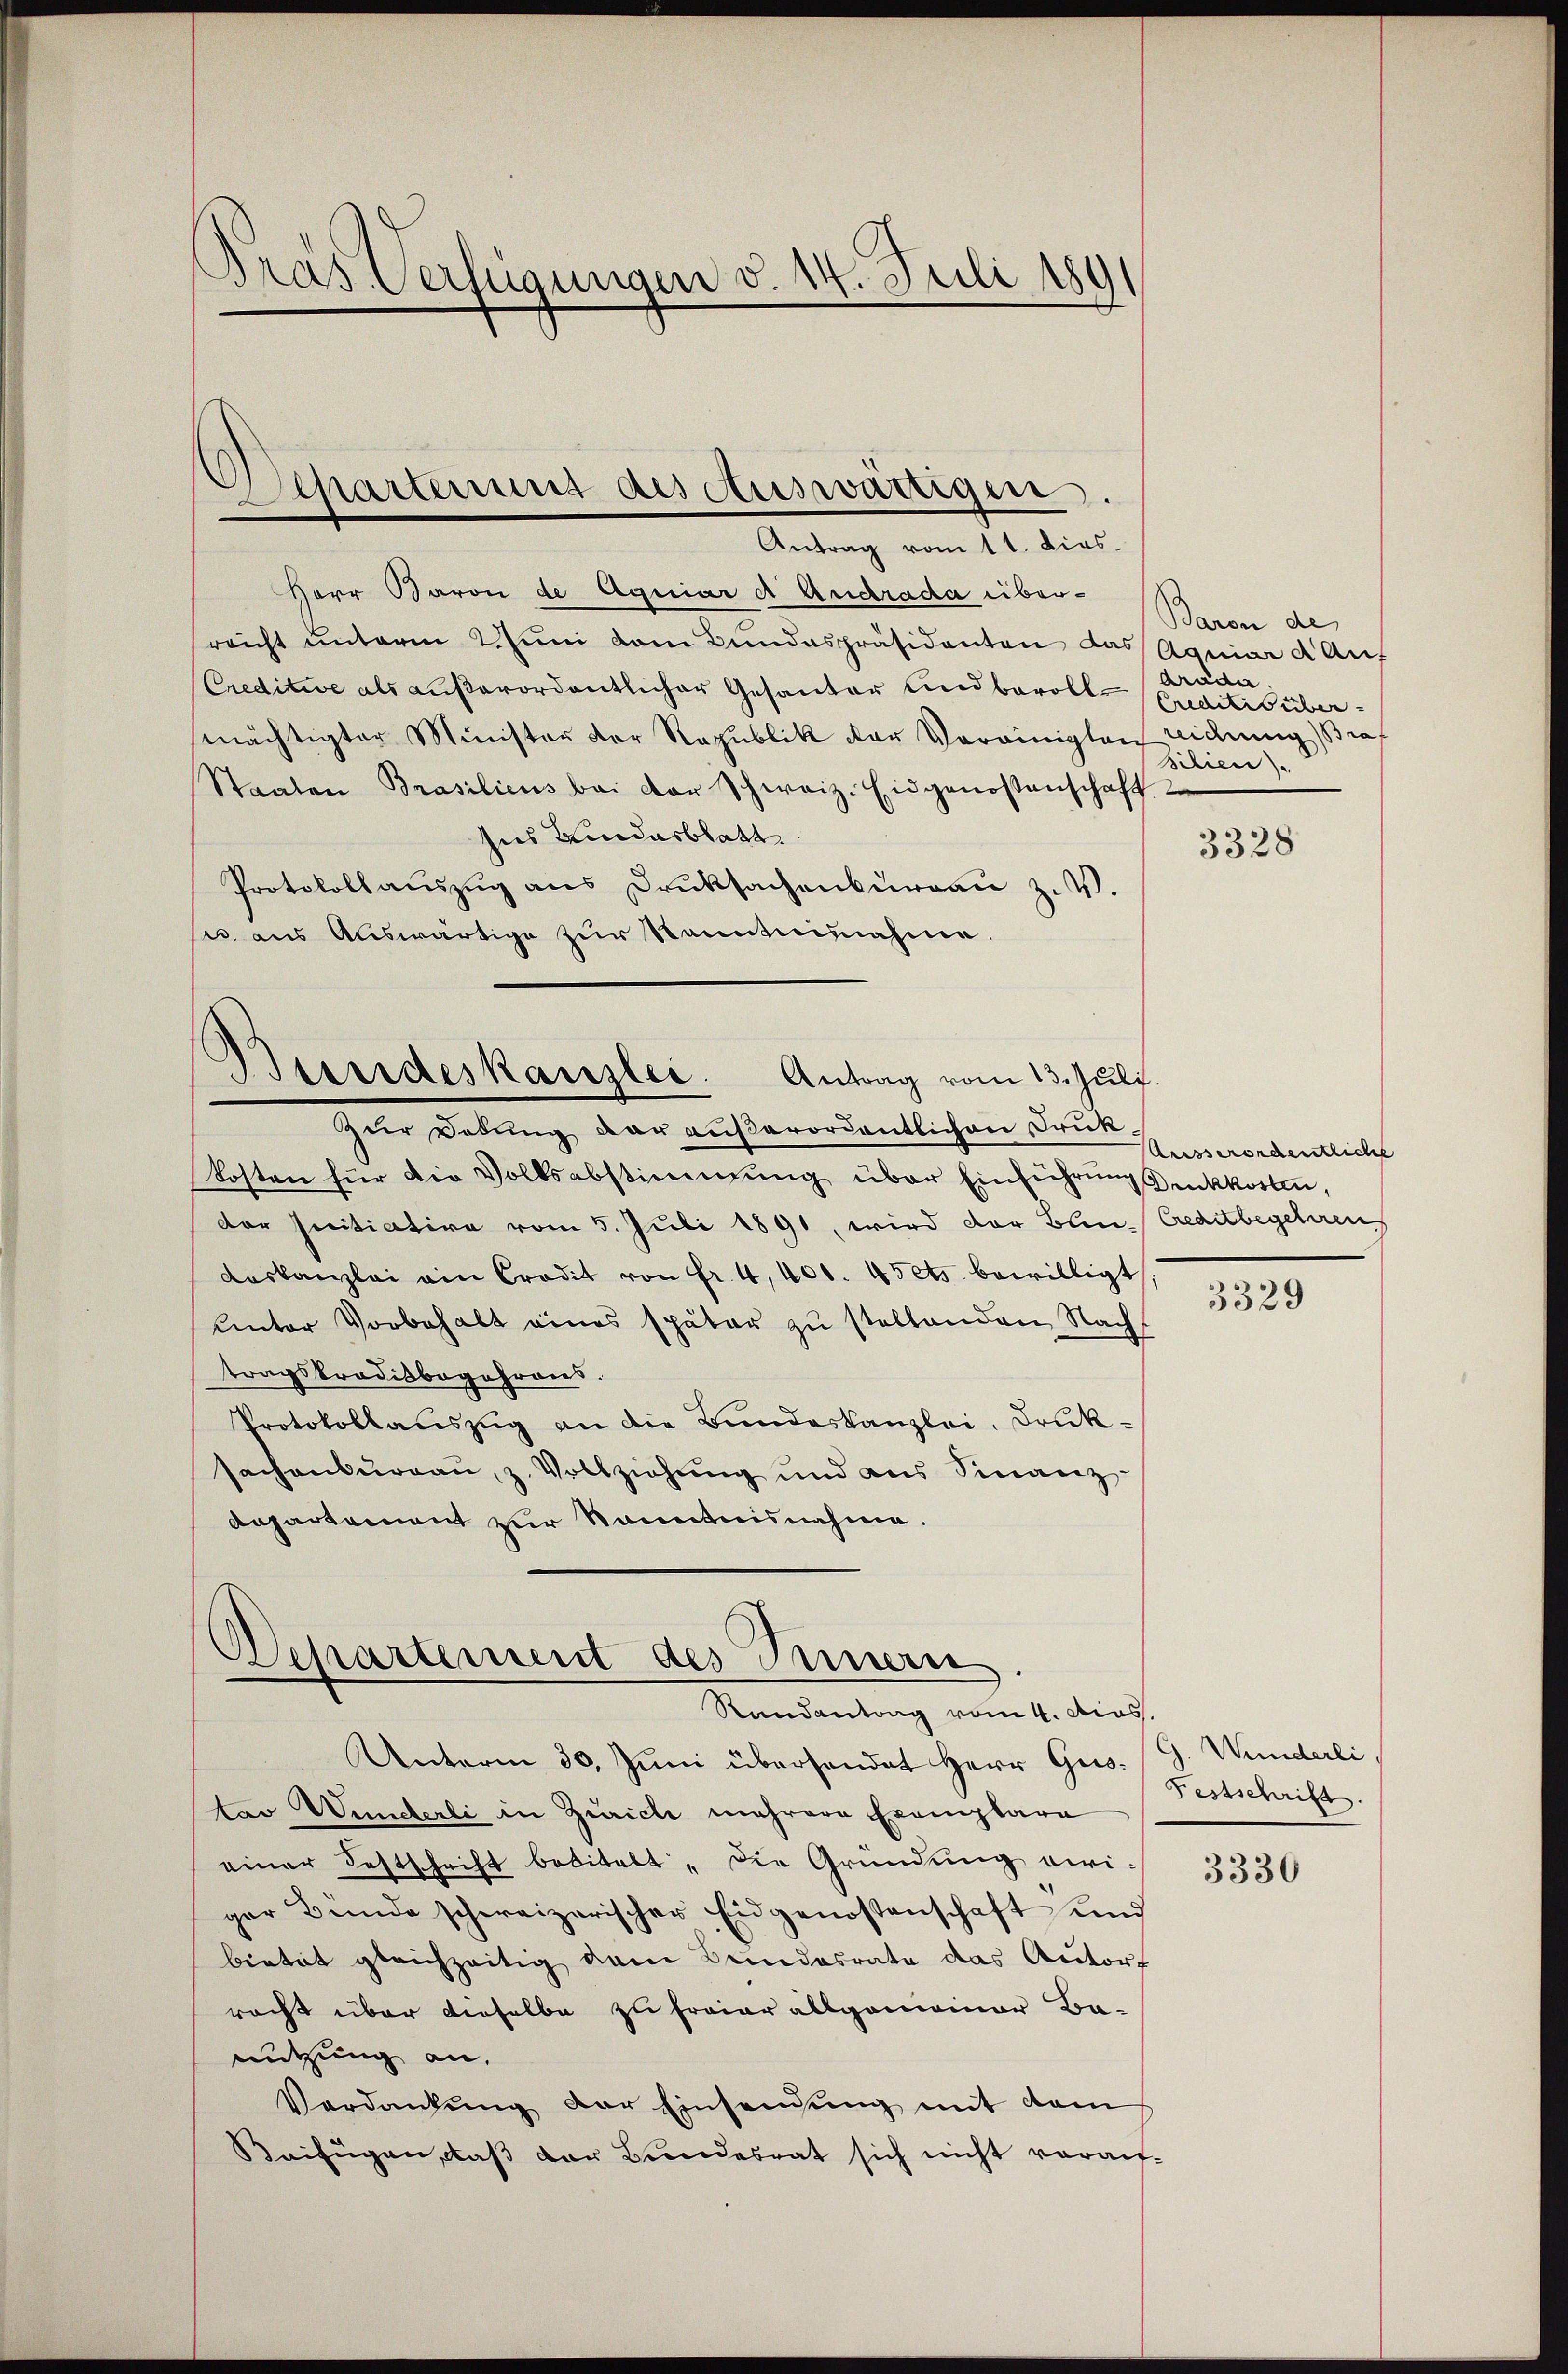
ras Verfügungen v. 14. Juli 189

Achartement des Auswärtigen.
Antrag vom 11. dies

Herr Baron de Aquiare Andrada über-
reicht ŭnterm 2. Jŭni dem Bundespräsidenten das Aquiard Auf
Creditive als außerordentlicher Gesanter und bevoll-
mächtigter Minister der Republik der Vereinigten widrig Braf
Staaten Brasilicus bei der schweiz. Eidgenossenschaft
Ins Bundesblatt
Protokoll aŭszŭg ans Druksachenbŭrgaŭ z. V.
sic aus Auswärtige zur Senntnisnahme.

Bundeskanzlei. Antrag vom 13. Juli.
zur Dedung dar außerordentlichen Druk¬

kosten für die Volksabstimmung über Einführung Druckkosten,
der Initiative vom 5. Juli 1891, wird der Blin-Creditbegehren
daskanzlei ain Credit von Fr. 4, 400. 45 ets. bewilligt
Unter Vorbehalt eines später zŭ stellenden Nacht
tragskrodisbegehrens.
Protokollauszug an die Bundeskanzlei, Druksachenburgau, z. Vollziehung und aus Sinanz-
Dapartement zur Kenntnisnahme.

Departement des Innern
Randantrag vom 4. Mias.

Unterm 30. Juni überhandet Herr Gustav Wunderli in Zürich mehrere Exemplare
einer Festschrift betitelt „die Gründung viriger Bunde schweizerischer Eidgenossenschaft und
bietet gleichzeitig dem Bundesrate das Autort
racht über dieselbe zu freier allgemeiner Ba-
nutzung an,
Verdankung der Einsendung mit dem
Beifügen, daβ der Bundesrat sich nicht vorauf-

Baron de
dräder
Creditis über
Bilien).

3328

Arisserordentlichs

3329

Wunderli
Festschrift.

3330